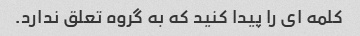
کلمه ای را پیدا کنید که به گروه تعلق ندارد.